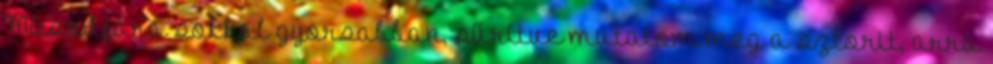
Másodjára sokkal gyorsabban, sűrítve mutatom meg a sztorit, arra